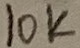
Text: 10K